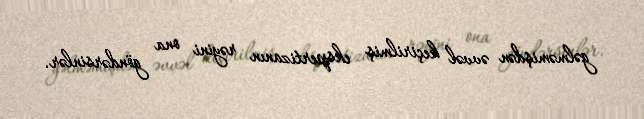
gəlməmişdən əvvəl keçirilmiş ekspertizanın rəyini ona göndərsinlər.